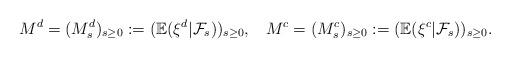
LaTeX: \begin{align*} M^d = (M^d_s)_{s\geq 0} := (\mathbb E(\xi^d|\mathcal F_{s}))_{s\geq 0},\;\;\; M^c = (M^c_s)_{s\geq 0} := (\mathbb E(\xi^c|\mathcal F_{s}))_{s\geq 0}. \end{align*}